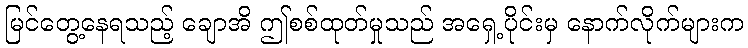
မြင်တွေ့နေရသည့် ချောအိ ဤစစ်ထုတ်မှုသည် အရှေ့ပိုင်းမှ နောက်လိုက်များက